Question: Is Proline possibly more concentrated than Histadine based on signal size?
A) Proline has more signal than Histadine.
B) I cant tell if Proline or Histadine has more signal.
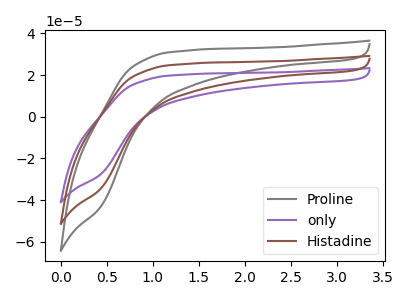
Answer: <think>The gray curve "Proline" has no peaks. The purple curve "only" has no peaks. The brown curve "Histadine" has no peaks.
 Neither "Proline" or "Histadine" have any peaks.</think>
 <answer>B) I cant tell if "Proline" or "Histadine" has more signal.</answer>
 <eval>B</eval>